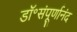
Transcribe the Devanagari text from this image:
डॉ॰संपूर्णानंद